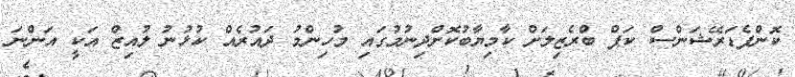
ކޮންފެޑަރޭޝަންސް ކަޕް ބްރެޒިލަށް ކާމިޔާބުކޮށްދިނުމުގައި މުހިންމު ދައުރެއް ކުޅުނު ލުއިޒް އަކީ އަންނަ